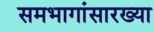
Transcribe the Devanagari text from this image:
समभागांसारख्या